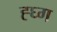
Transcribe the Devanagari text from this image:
ह्घ्ग